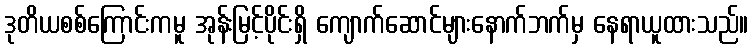
ဒုတိယစစ်ကြောင်းကမူ အုန်းမြင့်ပိုင်းရှိ ကျောက်ဆောင်များနောက်ဘက်မှ နေရာယူထားသည်။